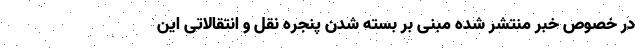
در خصوص خبر منتشر شده مبنی بر بسته شدن پنجره نقل و انتقالاتی این